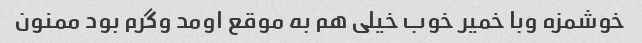
خوشمزه وبا خمیر خوب خیلی هم به موقع اومد وگرم بود ممنون